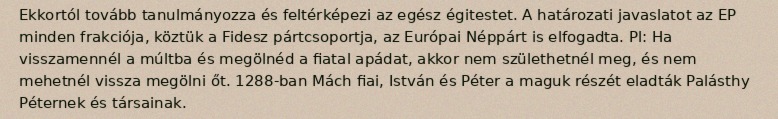
Ekkortól tovább tanulmányozza és feltérképezi az egész égitestet. A határozati javaslatot az EP minden frakciója, köztük a Fidesz pártcsoportja, az Európai Néppárt is elfogadta. Pl: Ha visszamennél a múltba és megölnéd a fiatal apádat, akkor nem születhetnél meg, és nem mehetnél vissza megölni őt. 1288-ban Mách fiai, István és Péter a maguk részét eladták Palásthy Péternek és társainak.